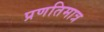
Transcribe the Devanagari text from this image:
प्रणतिमात्र